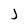
Character: J